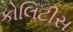
કોલિટીસ